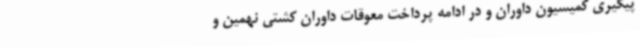
پیگیری کمیسیون داوران و در ادامه پرداخت معوقات داوران کشتی نهمین و